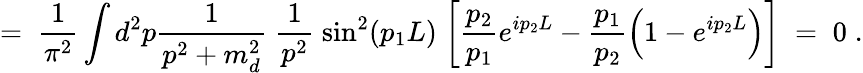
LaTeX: =\; \frac{1}{\pi^{2}}\int d^{2}p\frac{1}{p^{2}+m_{d}^{2}}\; \frac{1}{p^{2}}\; \sin^{2}(p_{1}L)\; \bigg[\frac{p_{2}}{p_{1}}e^{ip_{2}L}-\frac{p_{1}}{p_{2}}\Big(1-e^{ip_{2}L}\Big)\bigg]\; =\; 0\; .